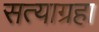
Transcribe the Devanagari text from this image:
सत्याग्रहा